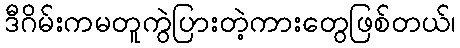
ဒီဂိမ်းကမတူကွဲပြားတဲ့ကားတွေဖြစ်တယ်၊